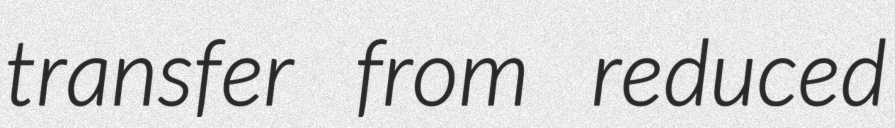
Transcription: transfer from reduced